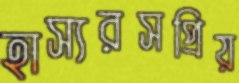
হাস্যরসপ্রিয়